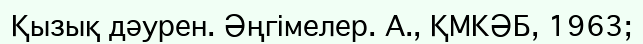
Қызық дәурен. Әңгімелер. А., ҚМКӘБ, 1963;